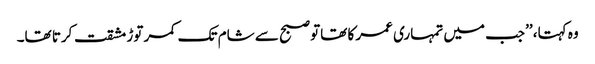
وہ کہتا، ’’جب میں تمہاری عمر کا تھاتو صبح سے شام تک کمر توڑ مشقت کرتا تھا۔